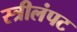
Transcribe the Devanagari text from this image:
स्त्रीलंपट